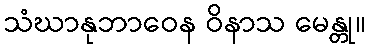
သံဃာနုဘာဝေန ဝိနာသ မေန္တု။